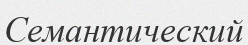
Семантический